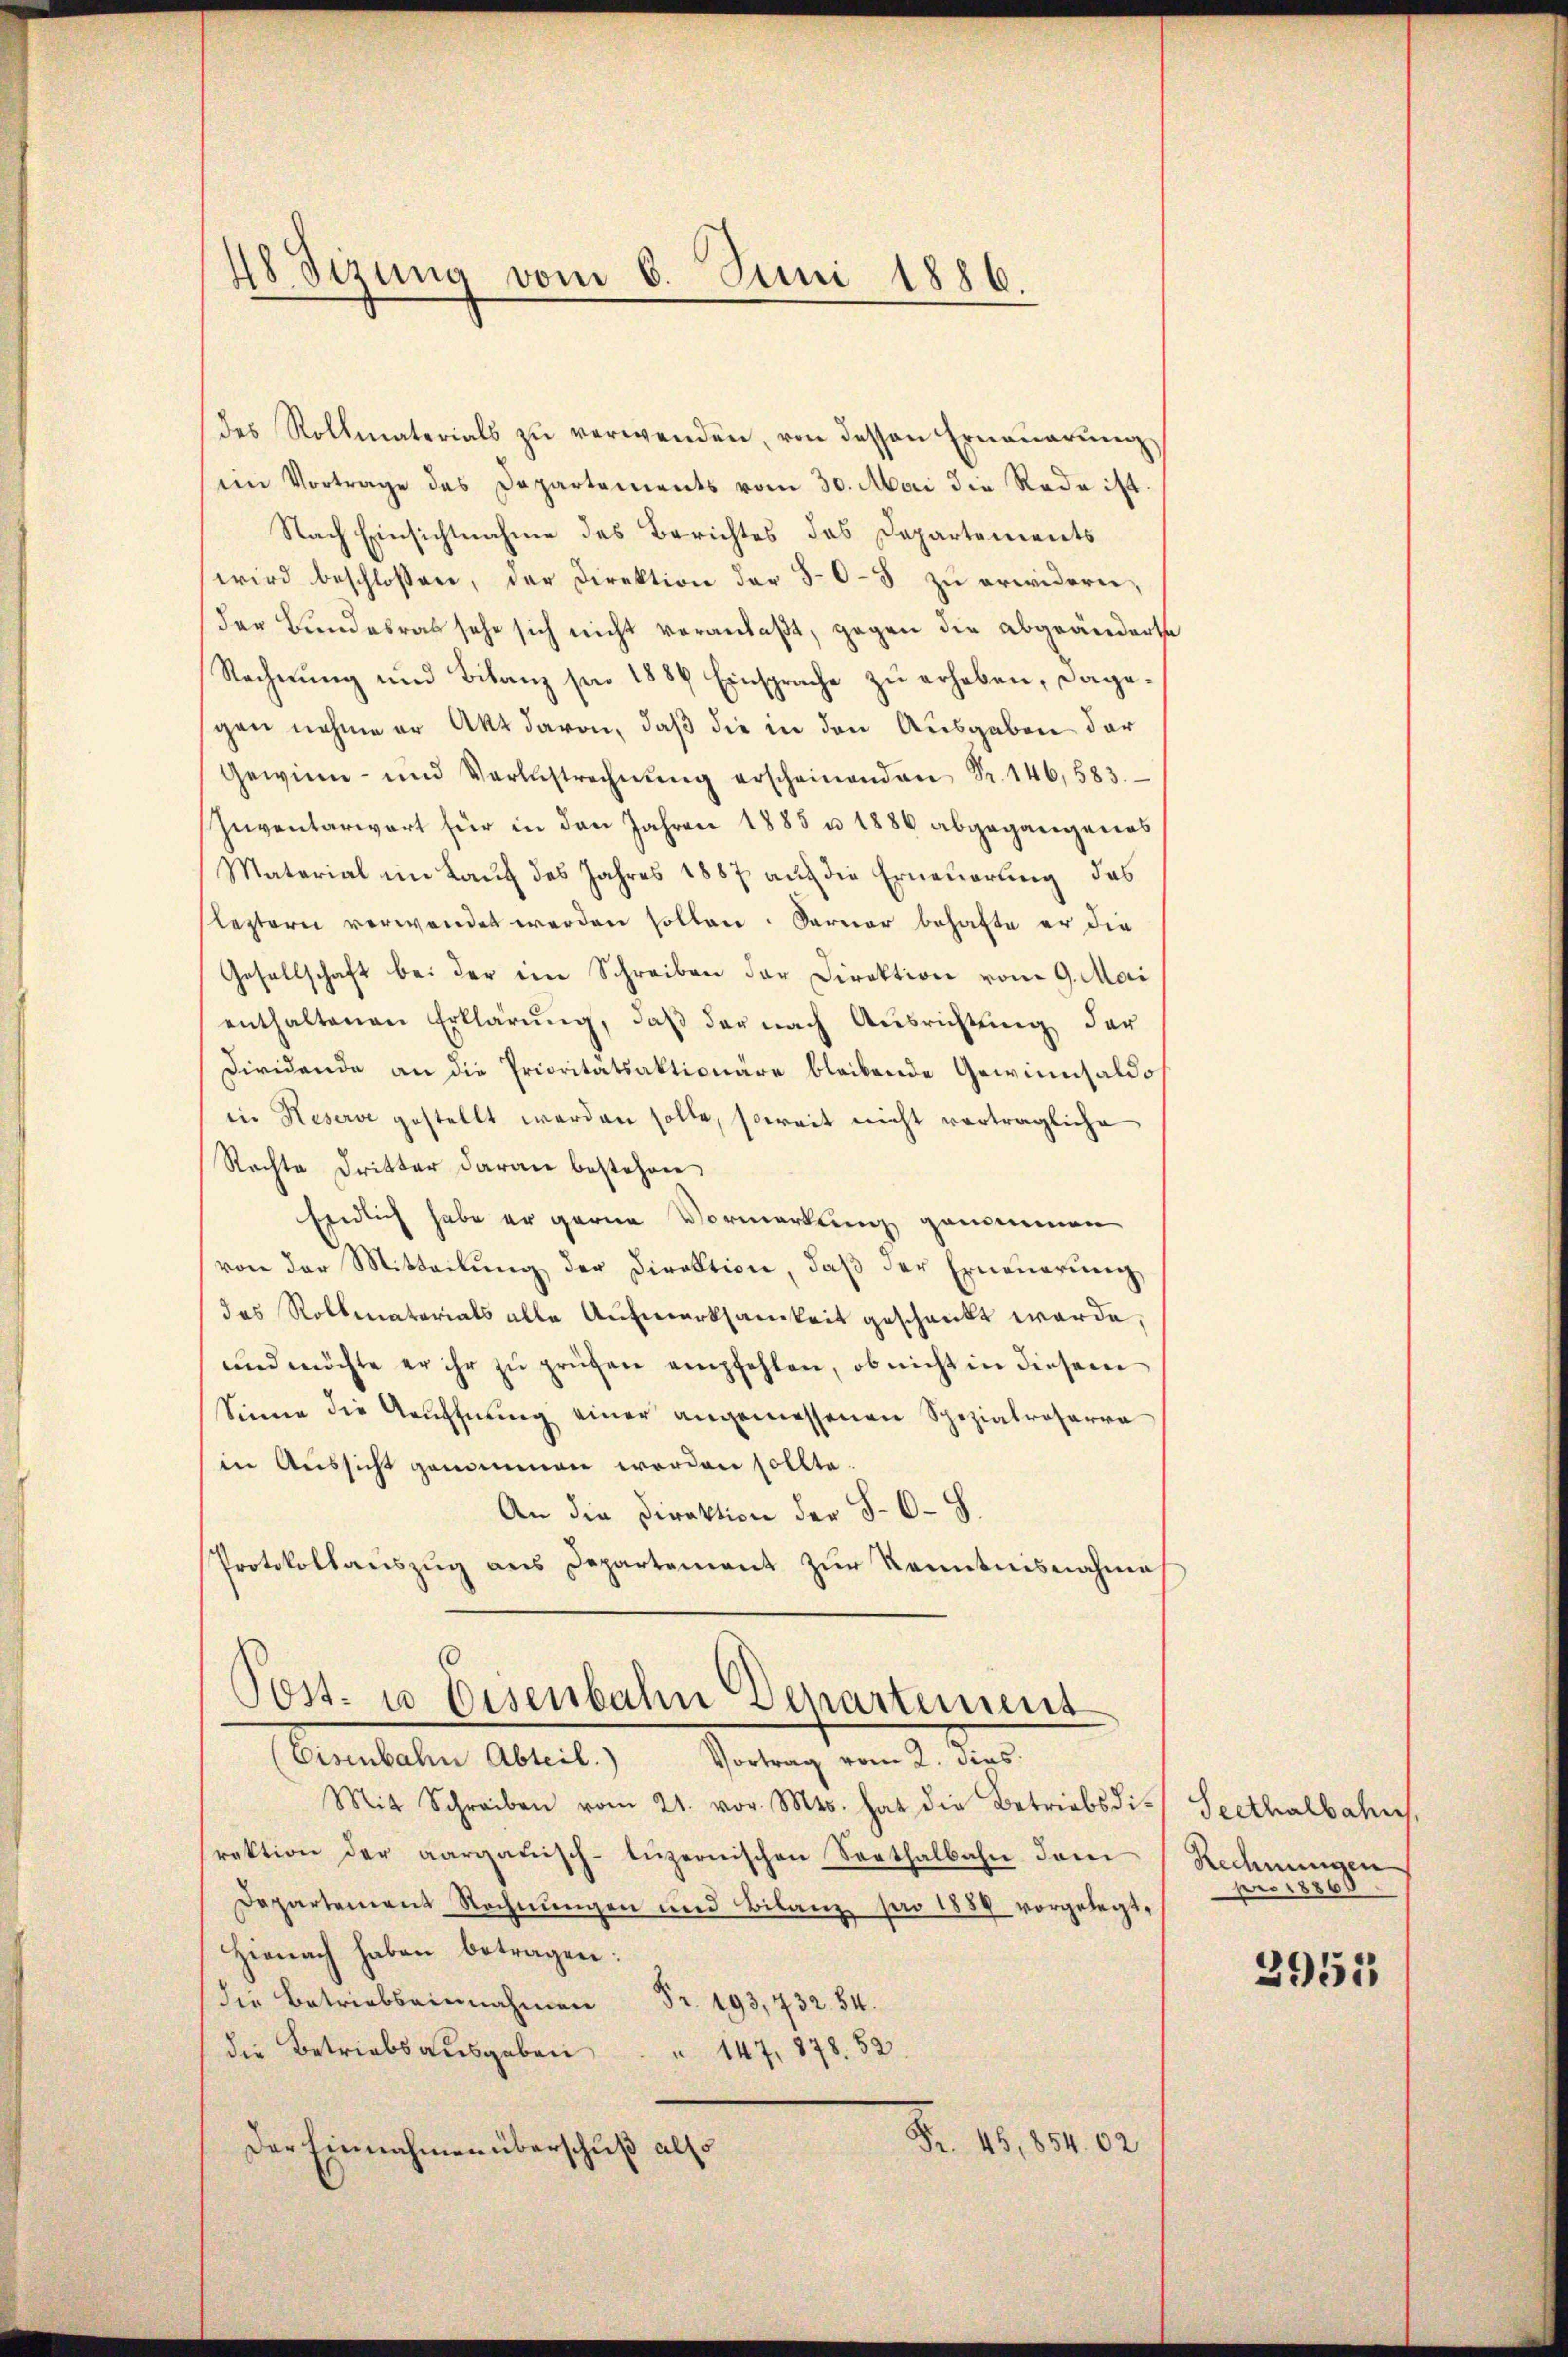
48 Sizung vom 6. Juni 1886.

des Rollmaterials zu verwenden, von dessen Erneuerung
im Vortrage des Departements vom 30. Mai die Rede ist.
Nach Einsichtnahme des Berichtes das Departements
wird beschlossen, der Direktion der 50-3 zu erwidern,
der Bundesrat sehe sich nicht veranlaßt, gegen die abgeänderte
Rechnung und Bilanz sie 1884 Einsprache zu erheben, dagegen nehme er Akt davon, daß die in den Ausgaben der
Gewinn- und Verlustrechnŭng erscheinenden Fr. 146, 583.
Inventarwert für in den Jahren 1885 u. 1886 abgegangenes
Material im Lauf des Jahres 1887 auf die Erneuerung, das
lezterer verwendet werden sollen. Sarner behafte er die
Gesellschaft bei der ein Schreiben der Direktion vom 9. Mai
enthaltenen Erklärung, daß der nach Ausrichtung der
Dividende an die Prioritätsaktionäre bleibende Gewinnsaldo
in Reserve gestellt werden solle, soweit nicht verträgliche
Rechte Dritter daran bestehen.
Endlich habe er gerne Vormerkung genommen
von der Mitteilŭng der Direktion, daß der Erneuerung,
das Rollenatorials alle Aufmerksamkeit geschenkt werde,
und möchte er ihr zu prüfen empfehlen, ob nicht in diesem
Sinne die Geŭffnŭng einer angemessenen Spezialroserra
in Aussicht genommen worden sollte.
An die Direktion der S. O. S.
Protokollauszug aus Departement zur Kenntnisnahme
0
Post- u Eisenbahn Departement

(Eisenbahn Abteil. Vortrag vom 2. dies
Mit Schreiben vom 21. vor. Mts. hat die Betriebsdi-Seethalbahre
rektion der aargauisch-lŭzernischen Sorthalbahn dem Rechnŭngen
Departement Rechnungen und Bilanz pro 1889 vorgelegt,
Hienach haben betragen:
die Betriebeinnahmen Fr. 193, 732. 84.
die Betriebsausgaben " 147, 878. 52
Fr. 45,854. 62
Der Einnahmen überschuß also

pro 1886
2951